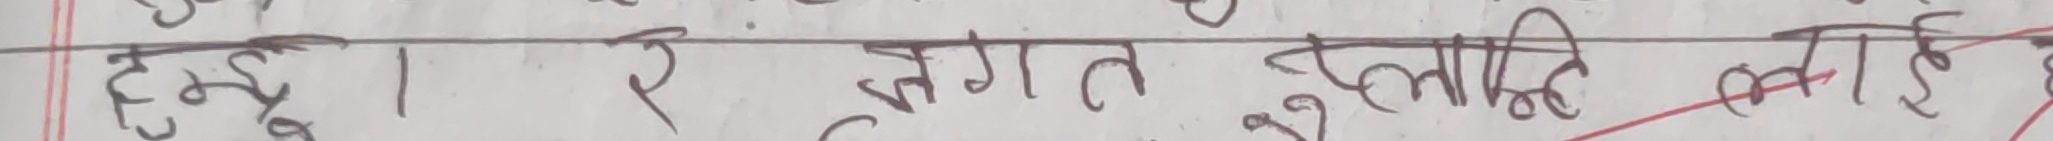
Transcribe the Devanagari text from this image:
हुन् । २ जगत इत्यादि लाई हे